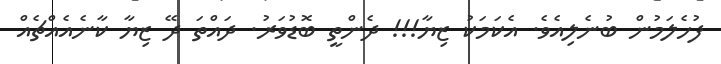
ފުހެލަމުން ބުނެލިއެވެ. އެކަމަކު ޒިޔާ!!! ދެންތީ ބޮޑުވަރު. ދައްތަ ދޭ ޒިޔާ ކާނެއެއްޗެއް